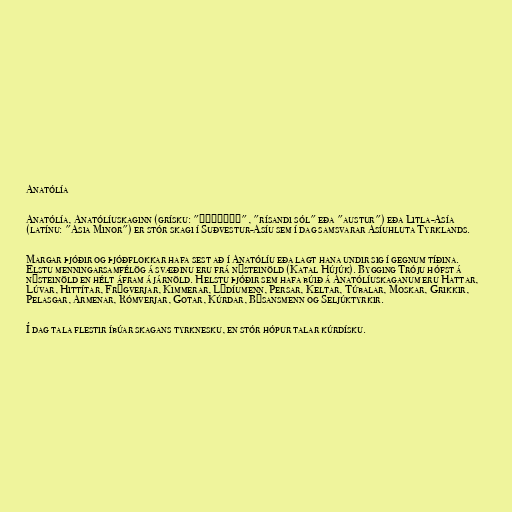
Anatólía

Anatólía, Anatólíuskaginn (grísku: "ανατολή", "rísandi sól" eða "austur") eða Litla-Asía
(latínu: "Asia Minor") er stór skagi í Suðvestur-Asíu sem í dag samsvarar Asíuhluta Tyrklands.

Margar þjóðir og þjóðflokkar hafa sest að í Anatólíu eða lagt hana undir sig í gegnum tíðina.
Elstu menningarsamfélög á svæðinu eru frá nýsteinöld (Katal Hújúk). Bygging Tróju hófst á
nýsteinöld en hélt áfram á járnöld. Helstu þjóðir sem hafa búið á Anatólíuskaganum eru Hattar,
Lúvar, Hittítar, Frýgverjar, Kimmerar, Lýdíumenn, Persar, Keltar, Túbalar, Moskar, Grikkir,
Pelasgar, Armenar, Rómverjar, Gotar, Kúrdar, Býsansmenn og Seljúktyrkir.

Í dag tala flestir íbúar skagans tyrknesku, en stór hópur talar kúrdísku.